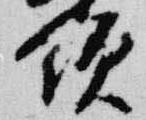
領